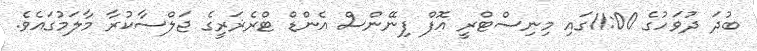
ބުދަ ދުވަހުގެ 11:00ގައި މިނިސްޓްރީ އޮފް ފިނޭންސް އެންޑް ޓްރެޜަރީގެ ޖަލްސާކުރާ މާލަމުގައެވެ.